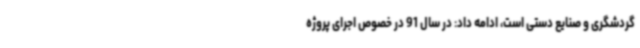
گردشگری و صنایع دستی است، ادامه داد: در سال 91 در خصوص اجرای پروژه